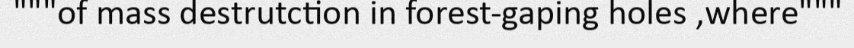
"""of mass destrutction in forest-gaping holes ,where"""